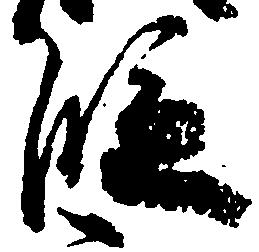
段